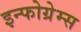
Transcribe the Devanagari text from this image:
इन्फोग्रेम्स